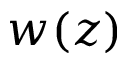
w ( z )